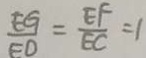
\frac { E G } { E D } = \frac { E F } { E C } = 1